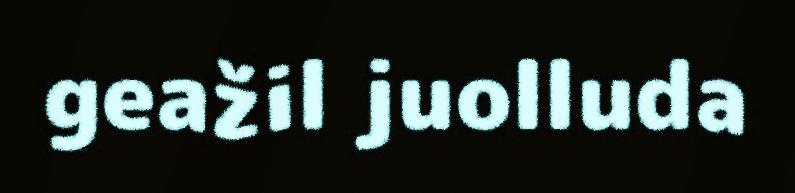
geažil juolluda